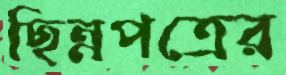
ছিন্নপত্রের